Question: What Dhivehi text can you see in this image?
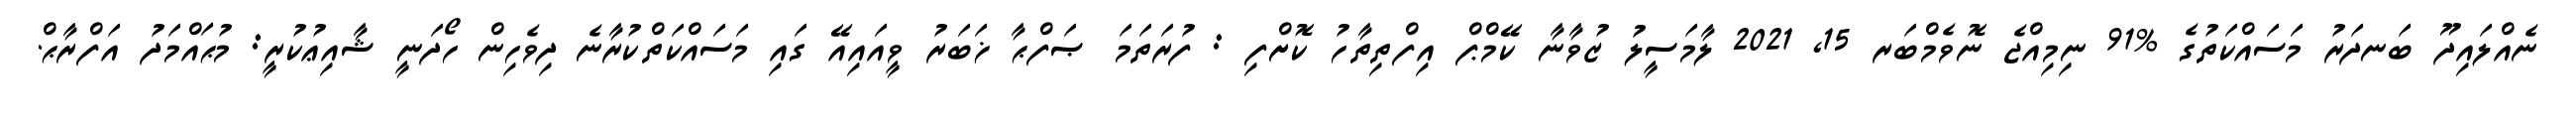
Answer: ނެއްލައިދޫ ބަނދަރު މަސައްކަތުގެ %91 ނިމިއްޖެ ނޮވެމްބަރ 15, 2021 ލާމަސީލު ޒުވާނާ ކޭމްޕް އިފްތިތާހު ކޮށްފި : ފުރަތަމަ ޞަފްޙާ ޚަބަރު ވީއައިއޭ ގައި މަސައްކަތްކުރާނެ ދިވެހިން ހޯދަނީ ޝާއިޢުކުރީ: މުޙައްމަދު އަފްރާޙް.